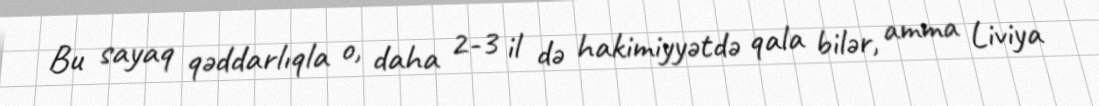
Bu sayaq qəddarlıqla o, daha 2-3 il də hakimiyyətdə qala bilər, amma Liviya